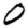
Digit: 0